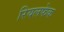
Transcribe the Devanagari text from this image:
रियलफेक